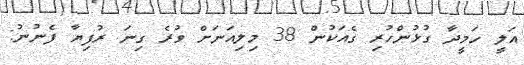
އަލީ ހަމީދާ ގުޅުންހުރި ގެއަކުން 38 މިލިއަނަށް ވުރެ ގިނަ ރުފިޔާ ފެނުނު: